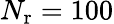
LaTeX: N_{\mathrm{r}}=100